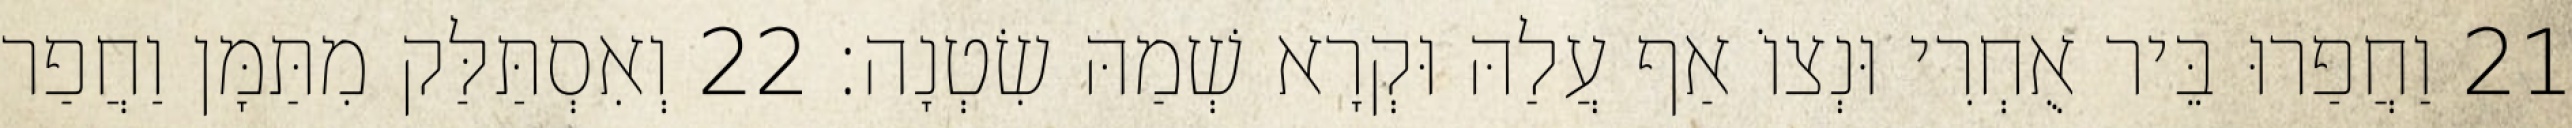
21 וַחֲפַרוּ בֵּיר אֻחְרִי וּנְצוֹ אַף עֲלַהּ וּקְרָא שְׁמַהּ שִׂטְנָה׃ 22 וְאִסְתַּלַּק מִתַּמָּן וַחֲפַר